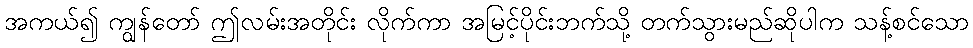
အကယ်၍ ကျွန်တော် ဤလမ်းအတိုင်း လိုက်ကာ အမြင့်ပိုင်းဘက်သို့ တက်သွားမည်ဆိုပါက သန့်စင်သော